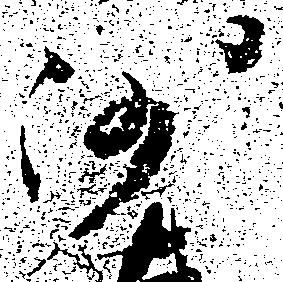
沙